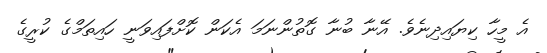
އެ މީހާ ކިޔައިދިނެވެ. އޭނާ ބުނާ ގޮތުންނަމަ އެކަން ކޮށްފައިވަނީ ހައިތަމްގެ ކުރީގެ